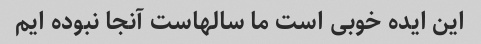
این ایده خوبی است ما سالهاست آنجا نبوده ایم